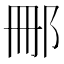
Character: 𮟰